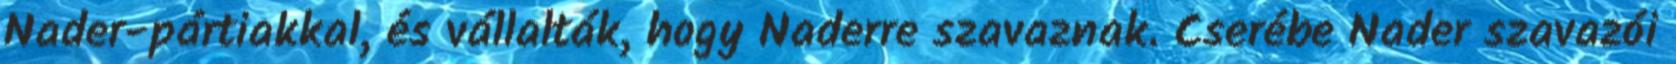
Nader-pártiakkal, és vállalták, hogy Naderre szavaznak. Cserébe Nader szavazói